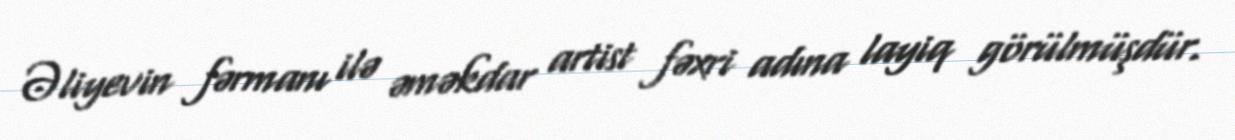
Əliyevin fərmanı ilə əməkdar artist fəxri adına layiq görülmüşdür.